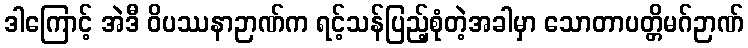
ဒါကြောင့် အဲဒီ ဝိပဿနာဉာဏ်က ရင့်သန်ပြည့်စုံတဲ့အခါမှာ သောတာပတ္တိမဂ်ဉာဏ်